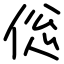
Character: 倊